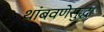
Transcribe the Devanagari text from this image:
थांबवणेसुद्धा